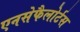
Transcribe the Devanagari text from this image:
एनसेफैलोर्टस